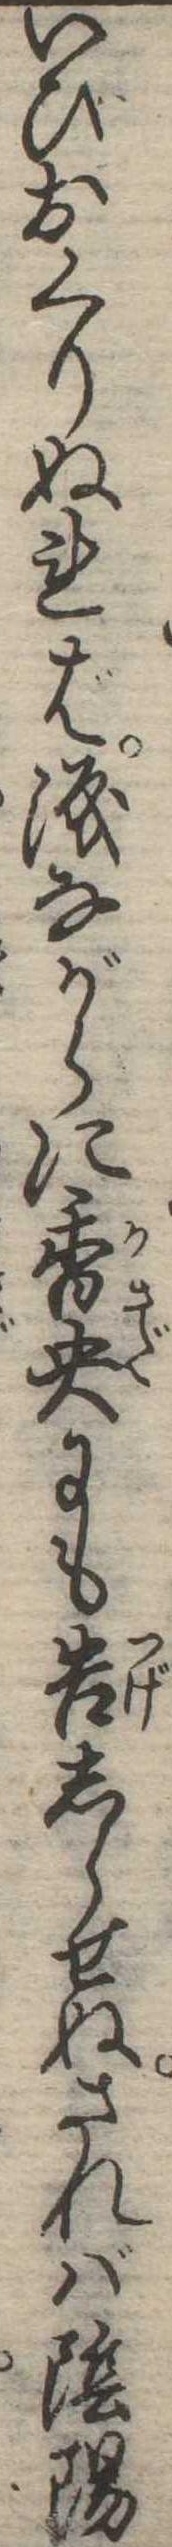
いひおくりぬれば涙ながらに香央にも告しらせぬされば陰陽